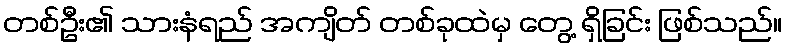
တစ်ဦး၏ သားနံရည် အကျိတ် တစ်ခုထဲမှ တွေ့ ရှိခြင်း ဖြစ်သည်။